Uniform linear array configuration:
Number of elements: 4
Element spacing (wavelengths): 0.25
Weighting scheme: hann
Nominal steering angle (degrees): -30
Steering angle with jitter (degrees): -31.293
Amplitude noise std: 0.05
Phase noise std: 0.05

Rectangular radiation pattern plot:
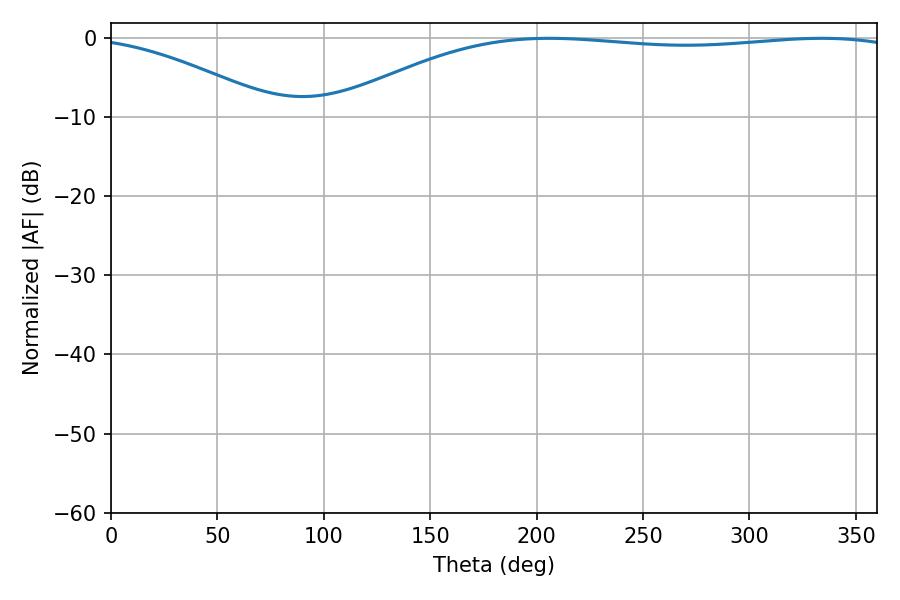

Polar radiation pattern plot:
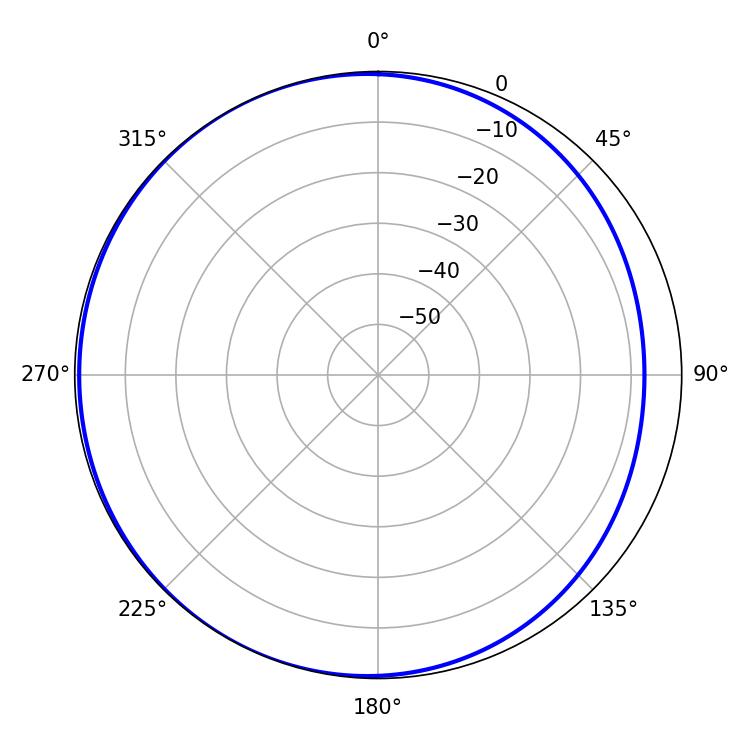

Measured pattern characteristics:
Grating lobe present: FALSE
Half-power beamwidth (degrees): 214.2
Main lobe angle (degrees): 205.92